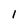
Character: I